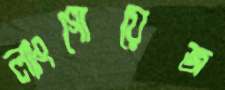
ল্যাংগোয়েজ